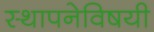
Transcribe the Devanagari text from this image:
स्थापनेविषयी